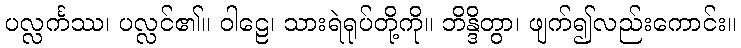
ပလ္လင်္ကဿ၊ ပလ္လင်၏။ ဝါဠေ၊ သားရဲရုပ်တို့ကို။ ဘိန္ဒိတွာ၊ ဖျက်၍လည်းကောင်း။